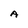
Character: A